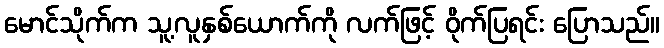
မောင်သိုက်က သူ့လူနှစ်ယောက်ကို လက်ဖြင့် ဝိုက်ပြရင်း ပြောသည်။